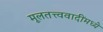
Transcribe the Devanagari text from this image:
मूलतत्त्ववादींमध्ये